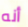
أنه